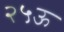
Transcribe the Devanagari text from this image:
२५ऊ